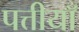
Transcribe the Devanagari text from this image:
पत्तीयाँ